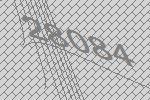
28084